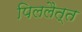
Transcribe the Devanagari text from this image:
पिललैत्त